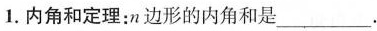
1.内角和定理：n边形的内角和是___